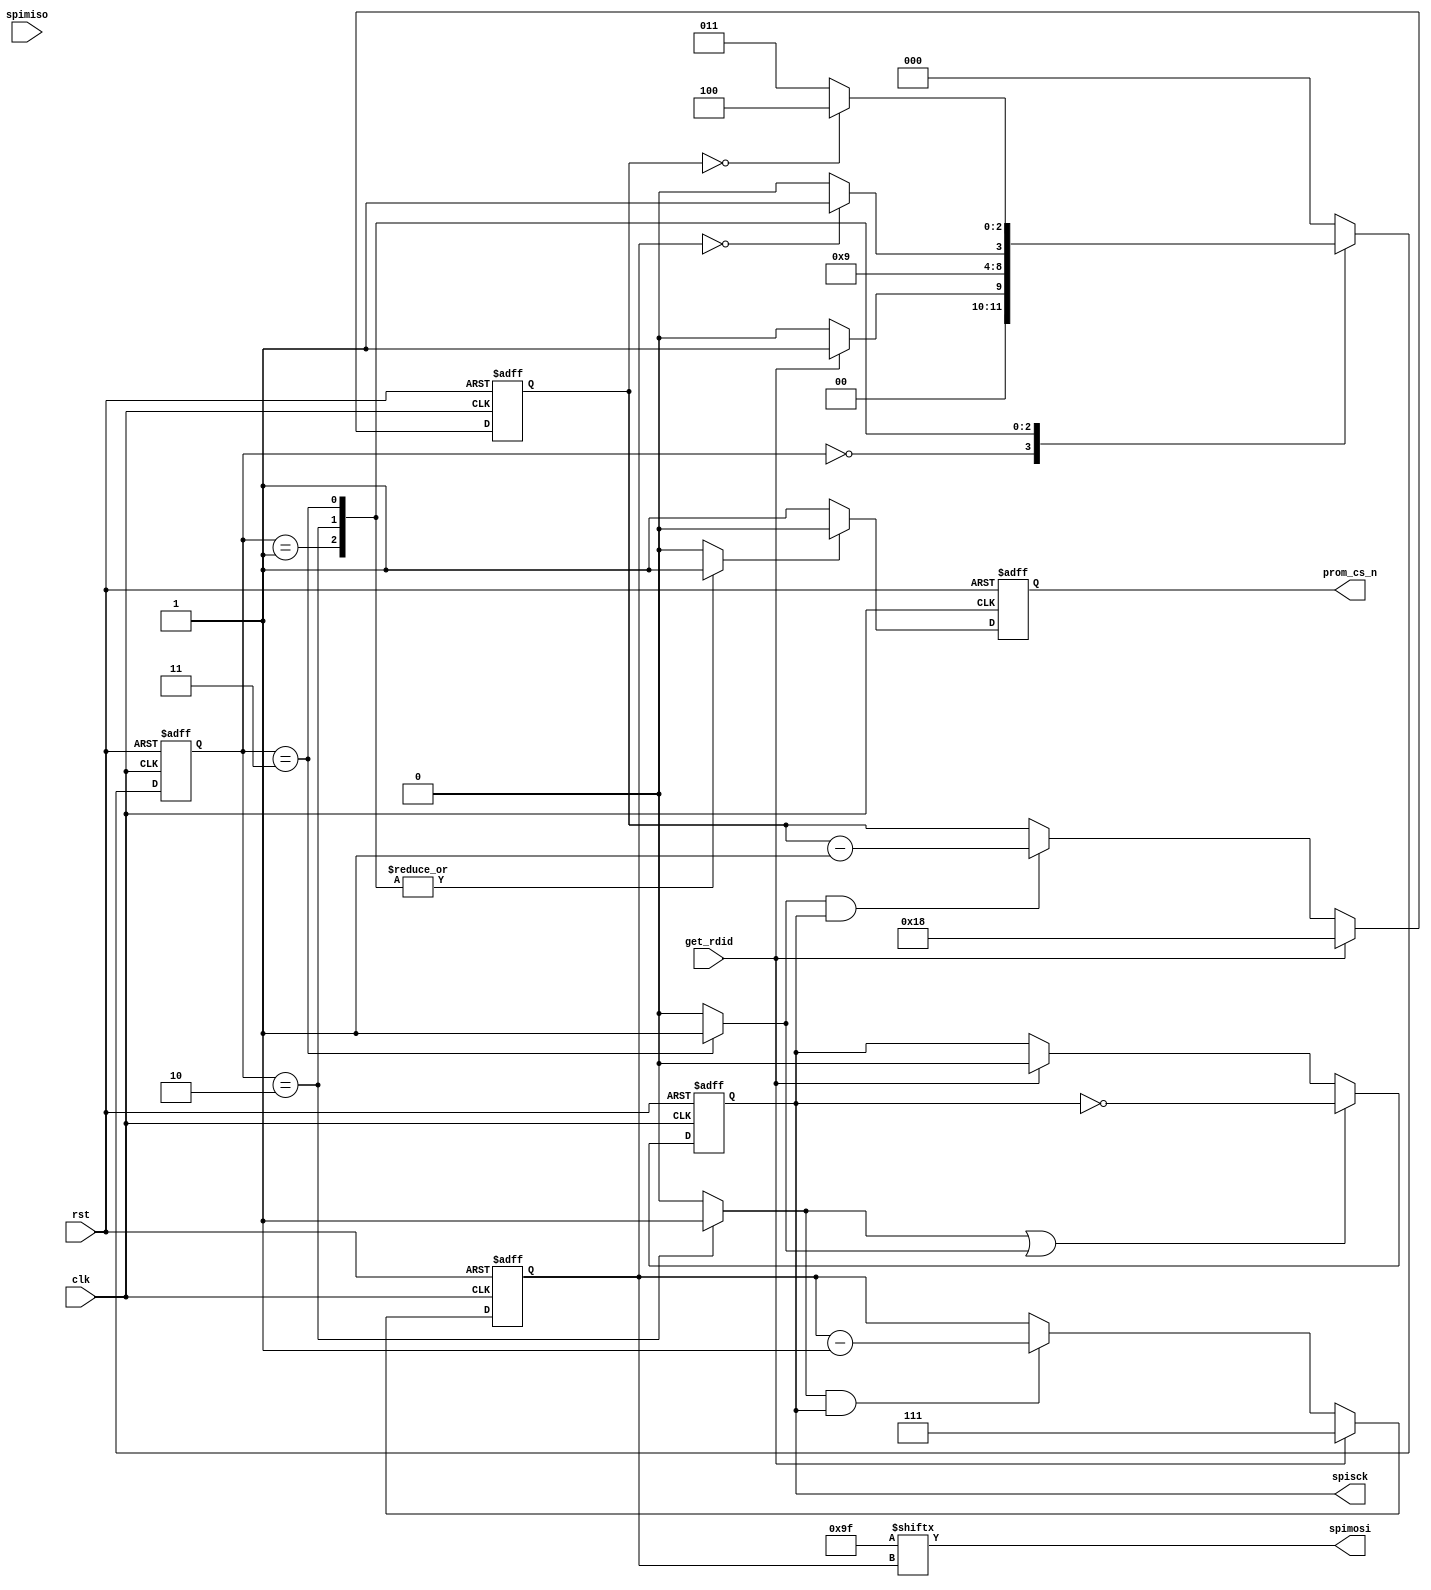
//SPI Master for the ST MicroM25P16 Serial Flash
`default_nettype none

module rdid(
  input wire spimiso,
  input wire clk,
  input wire rst,
  input wire get_rdid,
  output reg spisck,
  output wire spimosi,
  output reg prom_cs_n
);

  reg [2:0] current_state, next_state;
  reg [2:0] send_count;
  reg [4:0] get_count;
  reg enable_get_count, enable_send_count;
  reg assert_prom_cs_n;
  wire [7:0] man_id, mem_type, mem_cap;
  reg [23:0] read_data;

  localparam [2:0] SEND_COUNT_MAX = 3'h7;
  localparam [4:0] GET_COUNT_MAX = 5'h18; 
  localparam [7:0] RDID_CMD = 8'h9F; 
  localparam [2:0] IDLE = 3'd0,
    ASSERT_CS=3'd1,
    SEND_INSTRUCTION = 3'd2,
    GET_DATA = 3'd3,
    DEASSERT_CS = 3'd4;
  assign man_id = read_data[23:16];
  assign mem_type = read_data[15:8];
  assign mem_cap = read_data[7:0];

  always @* begin
  //Defaults
  next_state = IDLE;
  enable_send_count = 1'b0;
  enable_get_count = 1'b0;
  assert_prom_cs_n = 1'b0;
  case(current_state)
    //Remain in idle until told to get do RDID
    IDLE: begin
      if (get_rdid)
         next_state = ASSERT_CS;
    end

    ASSERT_CS: begin
      next_state = SEND_INSTRUCTION;
      assert_prom_cs_n = 1'b1;
    end


    //Provide clocks to send the instructions
    SEND_INSTRUCTION: begin
      enable_send_count = 1'b1;
      assert_prom_cs_n = 1'b1; 
      if(send_count == 0)
        next_state = GET_DATA;
      else
        next_state = SEND_INSTRUCTION;
    end

    GET_DATA: begin
      enable_get_count = 1'b1;
      assert_prom_cs_n = 1'b1;
      if(get_count == 0)
        next_state = DEASSERT_CS;
      else
        next_state = GET_DATA;
    end
   

    DEASSERT_CS: begin
      next_state = IDLE;
    end
  endcase
  end
  
  //Need a register so the chip doesnt glitch
  always @(posedge clk or posedge rst) begin
    if(rst)
      prom_cs_n <= 1'b1;
    else if (assert_prom_cs_n)
      prom_cs_n <= 1'b0;
    else
      prom_cs_n <= 1'b1; 
  end
   
  //Current State gets next state at the positive edge of the clock
  always @(posedge clk or posedge rst) begin
    if(rst)
      current_state <= IDLE;
    else
      current_state <= next_state;
  end

  //maintain a count of the spisck's we've provided sending
  always @ (posedge clk or posedge rst) begin
    if(rst)
      send_count <= SEND_COUNT_MAX;
    //rst counter every time we're asked to get the ID again
    else if (get_rdid)
      send_count <= SEND_COUNT_MAX;
    else if (enable_send_count && spisck)
      send_count <= send_count - 1'b1;
  end
  
  //maintain a count of the spisck's we've provided getting
  always @ (posedge clk or posedge rst) begin
    if(rst)
      get_count <= GET_COUNT_MAX;
    else if (get_rdid)
      get_count <= GET_COUNT_MAX;
    else if (enable_get_count && spisck)
      get_count <= get_count - 1'b1; 
  end

  //Collect read_data
  always @(posedge spisck or posedge rst) begin
    if(rst)
      read_data <= 24'b0;
    else 
      read_data[get_count] <= spimiso;
  end

  //Toggle spi_sck need a register so the clock doesnt glitch
  always @ (posedge clk or posedge rst) begin
    if(rst)
      spisck <= 1'b0;
    else if (enable_send_count || enable_get_count)
      spisck <= !spisck;
    else if (get_rdid)
      spisck <= 1'b0;
  end
  
  assign spimosi = RDID_CMD[send_count];
  
  //synopsys_translate off
  reg [250:0] ASCII_current_state, ASCII_next_state; 
  always@* begin
    case(current_state)
      IDLE:ASCII_current_state = "IDLE";
      ASSERT_CS: ASCII_current_state = "ASSERT_CS";
      SEND_INSTRUCTION: ASCII_current_state = "SEND_INSTRUCTION";
      GET_DATA: ASCII_current_state = "GET_DATA";
      DEASSERT_CS: ASCII_current_state = "DEASSERT_CS";
    endcase
  end
  always@* begin
    case(next_state)
      IDLE:ASCII_next_state = "IDLE";
      ASSERT_CS: ASCII_next_state = "ASSERT_CS";
      SEND_INSTRUCTION: ASCII_next_state = "SEND_INSTRUCTION";
      GET_DATA: ASCII_next_state = "GET_DATA";
      DEASSERT_CS: ASCII_next_state = "DEASSERT_CS";
    endcase
  end










endmodule